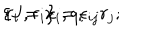
LaTeX: \{ J , r _ { i } \} = \epsilon _ { i j } r _ { j } ; \hspace { 1 . 5 c m } r _ { i } = x _ { i } , q _ { i }